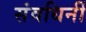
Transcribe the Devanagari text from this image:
संवधिर्नी